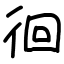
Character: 徊